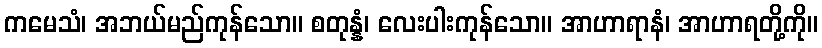
ကမေသံ၊ အဘယ်မည်ကုန်သော။ စတုန္နံ၊ လေးပါးကုန်သော။ အာဟာရာနံ၊ အာဟာရတို့ကို။